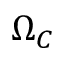
\Omega _ { C }